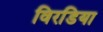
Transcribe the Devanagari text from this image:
विरडिया